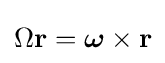
\Omega \mathbf {r} ={\boldsymbol {\omega }}\times \mathbf {r}